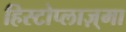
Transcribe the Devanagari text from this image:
हिस्टोप्लाज़्मा